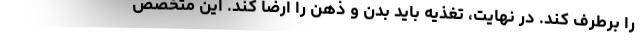
را برطرف کند. در نهایت، تغذیه باید بدن و ذهن را ارضا کند. این متخصص